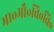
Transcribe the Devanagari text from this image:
भा॰मौ॰वि॰वि॰